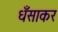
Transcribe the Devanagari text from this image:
धँसाकर